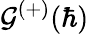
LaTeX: \mathcal{G}^{(+)}(\hbar)